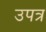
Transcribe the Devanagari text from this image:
उपत्र